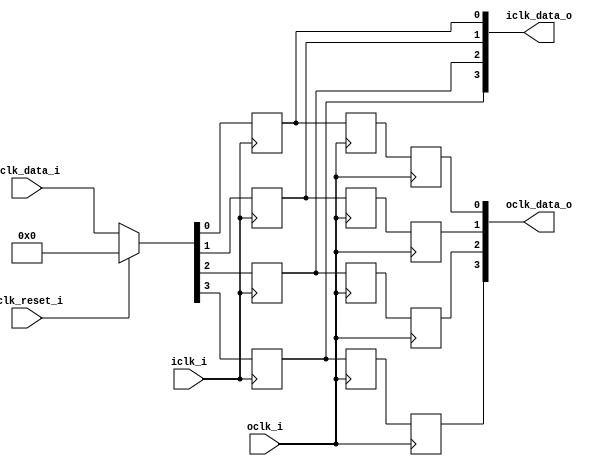
// This program was cloned from: https://github.com/NYU-MLDA/OpenABC
// License: BSD 3-Clause "New" or "Revised" License

module bsg_launch_sync_sync_posedge_4_unit
(
  iclk_i,
  iclk_reset_i,
  oclk_i,
  iclk_data_i,
  iclk_data_o,
  oclk_data_o
);

  input [3:0] iclk_data_i;
  output [3:0] iclk_data_o;
  output [3:0] oclk_data_o;
  input iclk_i;
  input iclk_reset_i;
  input oclk_i;
  wire [3:0] iclk_data_o,oclk_data_o,bsg_SYNC_1_r;
  wire N0,N1,N2,N3,N4,N5,N6;
  reg iclk_data_o_3_sv2v_reg,iclk_data_o_2_sv2v_reg,iclk_data_o_1_sv2v_reg,
  iclk_data_o_0_sv2v_reg,bsg_SYNC_1_r_3_sv2v_reg,bsg_SYNC_1_r_2_sv2v_reg,
  bsg_SYNC_1_r_1_sv2v_reg,bsg_SYNC_1_r_0_sv2v_reg,oclk_data_o_3_sv2v_reg,oclk_data_o_2_sv2v_reg,
  oclk_data_o_1_sv2v_reg,oclk_data_o_0_sv2v_reg;
  assign iclk_data_o[3] = iclk_data_o_3_sv2v_reg;
  assign iclk_data_o[2] = iclk_data_o_2_sv2v_reg;
  assign iclk_data_o[1] = iclk_data_o_1_sv2v_reg;
  assign iclk_data_o[0] = iclk_data_o_0_sv2v_reg;
  assign bsg_SYNC_1_r[3] = bsg_SYNC_1_r_3_sv2v_reg;
  assign bsg_SYNC_1_r[2] = bsg_SYNC_1_r_2_sv2v_reg;
  assign bsg_SYNC_1_r[1] = bsg_SYNC_1_r_1_sv2v_reg;
  assign bsg_SYNC_1_r[0] = bsg_SYNC_1_r_0_sv2v_reg;
  assign oclk_data_o[3] = oclk_data_o_3_sv2v_reg;
  assign oclk_data_o[2] = oclk_data_o_2_sv2v_reg;
  assign oclk_data_o[1] = oclk_data_o_1_sv2v_reg;
  assign oclk_data_o[0] = oclk_data_o_0_sv2v_reg;

  always @(posedge iclk_i) begin
    if(1'b1) begin
      iclk_data_o_3_sv2v_reg <= N6;
    end 
  end


  always @(posedge iclk_i) begin
    if(1'b1) begin
      iclk_data_o_2_sv2v_reg <= N5;
    end 
  end


  always @(posedge iclk_i) begin
    if(1'b1) begin
      iclk_data_o_1_sv2v_reg <= N4;
    end 
  end


  always @(posedge iclk_i) begin
    if(1'b1) begin
      iclk_data_o_0_sv2v_reg <= N3;
    end 
  end


  always @(posedge oclk_i) begin
    if(1'b1) begin
      bsg_SYNC_1_r_3_sv2v_reg <= iclk_data_o[3];
    end 
  end


  always @(posedge oclk_i) begin
    if(1'b1) begin
      bsg_SYNC_1_r_2_sv2v_reg <= iclk_data_o[2];
    end 
  end


  always @(posedge oclk_i) begin
    if(1'b1) begin
      bsg_SYNC_1_r_1_sv2v_reg <= iclk_data_o[1];
    end 
  end


  always @(posedge oclk_i) begin
    if(1'b1) begin
      bsg_SYNC_1_r_0_sv2v_reg <= iclk_data_o[0];
    end 
  end


  always @(posedge oclk_i) begin
    if(1'b1) begin
      oclk_data_o_3_sv2v_reg <= bsg_SYNC_1_r[3];
    end 
  end


  always @(posedge oclk_i) begin
    if(1'b1) begin
      oclk_data_o_2_sv2v_reg <= bsg_SYNC_1_r[2];
    end 
  end


  always @(posedge oclk_i) begin
    if(1'b1) begin
      oclk_data_o_1_sv2v_reg <= bsg_SYNC_1_r[1];
    end 
  end


  always @(posedge oclk_i) begin
    if(1'b1) begin
      oclk_data_o_0_sv2v_reg <= bsg_SYNC_1_r[0];
    end 
  end

  assign { N6, N5, N4, N3 } = (N0)? { 1'b0, 1'b0, 1'b0, 1'b0 } : 
                              (N1)? iclk_data_i : 1'b0;
  assign N0 = iclk_reset_i;
  assign N1 = N2;
  assign N2 = ~iclk_reset_i;

endmodule